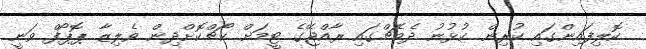
ކޮލިފައިންގައި ކުރިން ކުޅުނު ދެމެޗްގައި ރާއްޖޭގެ ޓީމަށް ކޯޗްކޮށްދިން ވެލިޒާ ޕޮޕޯފް ވަނީ